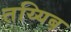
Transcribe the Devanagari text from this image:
तय्यिब़